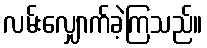
လမ်းလျှောက်ခဲ့ကြသည်။